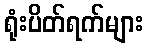
ရုံးပိတ်ရက်များ